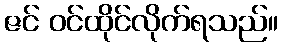
ဇင် ဝင်ထိုင်လိုက်ရသည်။